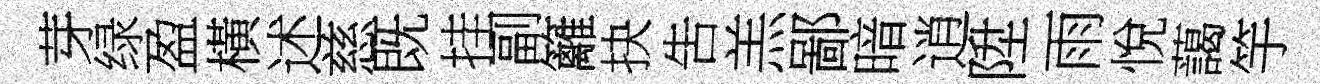
芽绿盈橫述慈既挂副籬抉吿羔鄙暗逍陞雨悅藹竽